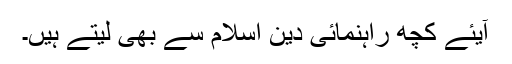
آیئے کچھ راہنمائی دین اسلام سے بھی لیتے ہیں۔